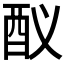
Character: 𨟳